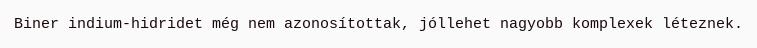
Biner indium-hidridet még nem azonosítottak, jóllehet nagyobb komplexek léteznek.